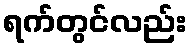
ရက်တွင်လည်း